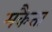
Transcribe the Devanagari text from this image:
मकैता